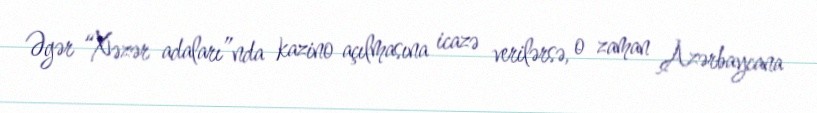
Əgər “Xəzər adaları”nda kazino açılmasına icazə verilərsə, o zaman Azərbaycana